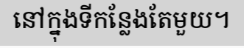
នៅក្នុងទីកន្លែងតែមួយ។